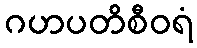
ဂဟပတိစီဝရံ